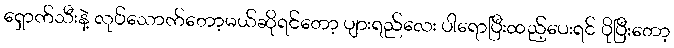
ရှောက်သီးနဲ့ လုပ်သောက်တော့မယ်ဆိုရင်တော့ ပျားရည်လေး ပါရောပြီးထည့်ပေးရင် ပိုပြီးတော့